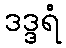
ဒဒ္ဒရံ